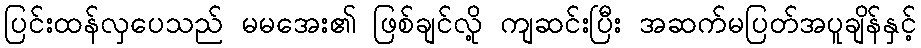
ပြင်းထန်လှပေသည် မမအေး၏ ဖြစ်ချင်လို့ ကျဆင်းပြီး အဆက်မပြတ်အပူချိန်နှင့်